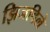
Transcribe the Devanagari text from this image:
झिजविले